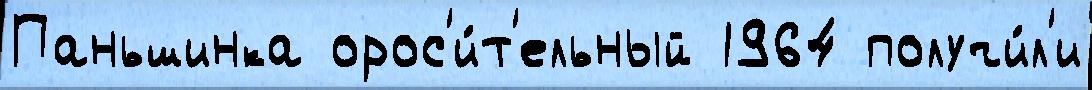
Паньшинка орос'и́т'ельный 1964 получи́л'и